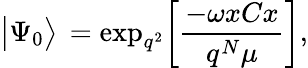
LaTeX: \big|\Psi_{0}\big>\, =\mathrm{exp}_{q^{2}}\bigg[{\frac{-\omega xCx}{q^{N}\mu}}\bigg],